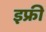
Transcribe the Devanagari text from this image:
इफ्री